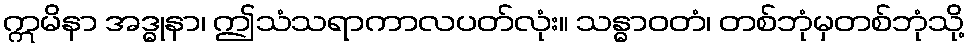
ဣမိနာ အဒ္ဓုနာ၊ ဤသံသရာကာလပတ်လုံး။ သန္ဓာဝတံ၊ တစ်ဘုံမှတစ်ဘုံသို့